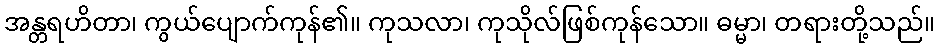
အန္တရဟိတာ၊ ကွယ်ပျောက်ကုန်၏။ ကုသလာ၊ ကုသိုလ်ဖြစ်ကုန်သော။ ဓမ္မာ၊ တရားတို့သည်။